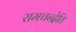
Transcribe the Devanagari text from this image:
रामचन्द्रेति